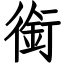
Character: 銜